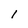
Character: 1